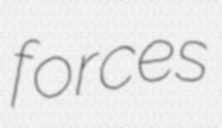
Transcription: forces